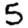
Digit: 5